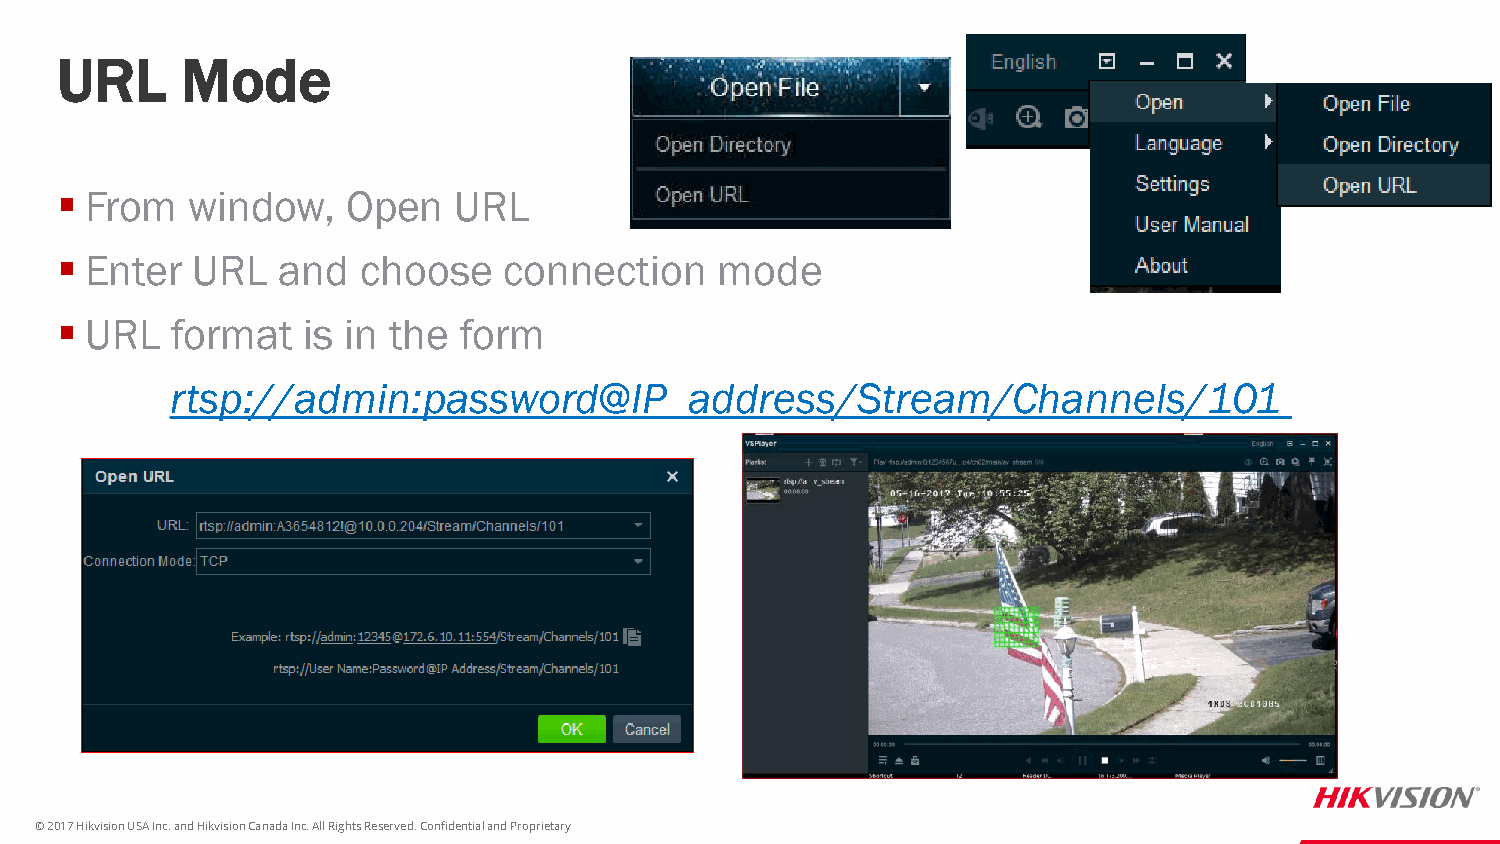
URL     Mode
  From  window,    Open   URL
  Enter  URL  and   choose   connection     mode
  URL  format   is in the form
 rtsp://admin:password@IP_address/Stream/Channels/101
 © 2017 Hikvision USA Inc. and Hikvision Canada Inc. All Rights Reserved. Confidential and Proprietary